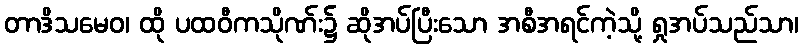
တာဒိသမေဝ၊ ထို ပထဝီကသိုဏ်း၌ ဆိုအပ်ပြီးသော အစီအရင်ကဲ့သို့ ရှုအပ်သည်သာ၊